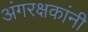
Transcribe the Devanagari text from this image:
अंगरक्षकांनी